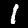
Digit: 1